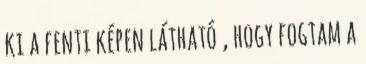
ki a fenti képen látható , hogy fogtam a